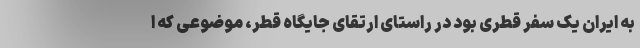
به ایران یک سفر قطری بود در راستای ارتقای جایگاه قطر، موضوعی که ا